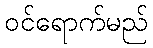
ဝင်ရောက်မည်